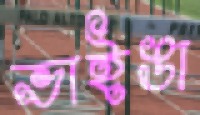
ভাইঙা